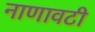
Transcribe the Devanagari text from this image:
नाणावटी